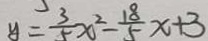
y = \frac { 3 } { 5 } x ^ { 2 } - \frac { 1 8 } { 5 } x + 3